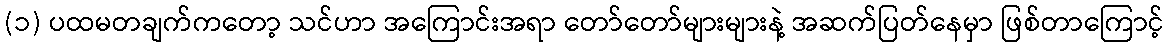
(၁) ပထမတချက်ကတော့ သင်ဟာ အကြောင်းအရာ တော်တော်များများနဲ့ အဆက်ပြတ်နေမှာ ဖြစ်တာကြောင့်